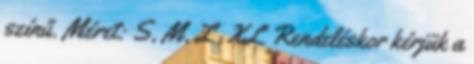
színű. Méret: S, M, L, XL Rendeléskor kérjük a